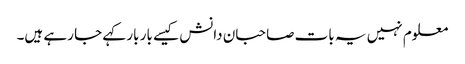
معلوم نہیں یہ بات صاحبان دانش کیسے بار بار کہے جا رہے ہیں۔